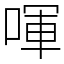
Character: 喗